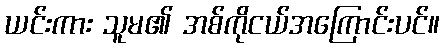
ယင်းကား သူမ၏ အစ်ကိုငယ်အကြောင်းပင်။